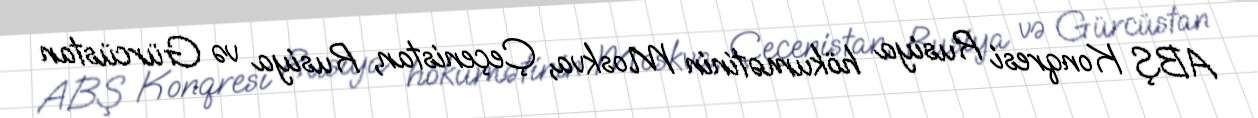
ABŞ Konqresi Rusiya hökumətinin Moskva, Çeçenistan, Rusiya və Gürcüstan